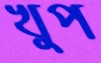
খুপ